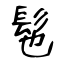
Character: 髢